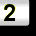
Digit: 2